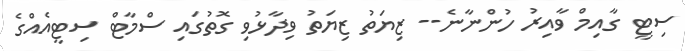
ސިޓީ ގާއިމް ވާއިރު ހުންނާނެ-- ޒިޔަތު ޒިޔަތު ވިދާޅުވި ގޮތުގައި ސްމާޓް ސިޓީއެއްގެ